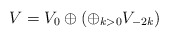
\begin{align*}V = V_0\oplus\left(\oplus_{k>0}V_{-2k}\right)\end{align*}